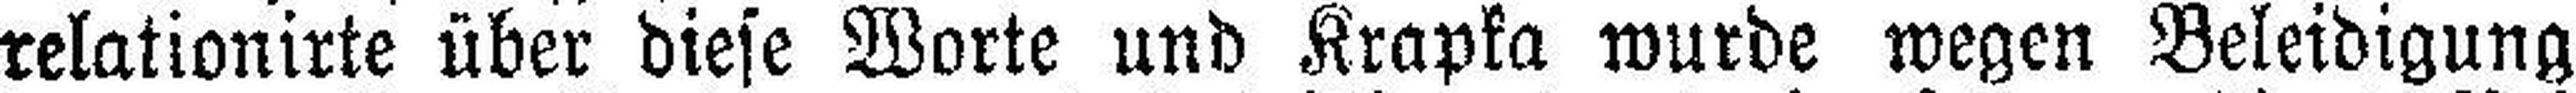
relationirte über diese Worte und Krapka wurde wegen Beleidigung